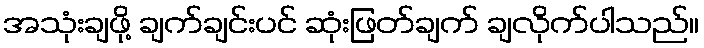
အသုံးချဖို့ ချက်ချင်းပင် ဆုံးဖြတ်ချက် ချလိုက်ပါသည်။